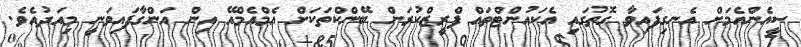
ސީއެންއެމަށް އެނގިފައިވާ ގޮތުގައި އެކައުންޓްތައް ފްރީޒްކުރަން ބޭންކްތަކަށް އެމްއެމްއޭ އިން އަންގާފައިވަނީ މިއަދުއެވެ.